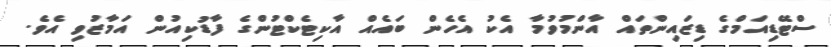
ސްޓޭޑިއަމްގެ ޑިޒައިންތައް އާންމުވުމާ އެކު އެހެން ބައެއް އާކިޓެކްޓުންގެ ފާޑުކިއުން އަމާޒުވި އެވެ.